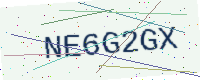
Text: NE6G2GX